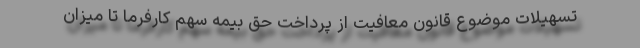
تسهیلات موضوع قانون معافیت از پرداخت حق بیمه سهم کارفرما تا میزان